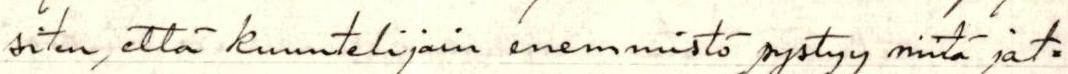
siten, että kuuntelijain enemmistö pystyy niitä jat=